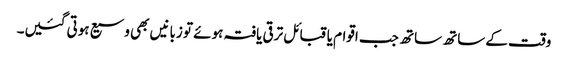
وقت کے ساتھ ساتھ جب اقوام یا قبائل ترقی یافتہ ہوئے تو زبانیں بھی وسیع ہوتی گئیں۔